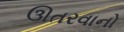
ઊતરવાનો